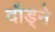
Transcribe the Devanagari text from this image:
दौड्ने